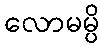
လောမမ္ပိ